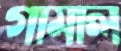
গামাল